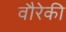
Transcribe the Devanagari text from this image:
वौरेकी